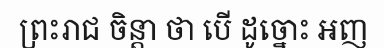
ព្រះរាជ ចិន្តា ថា បើ ដូច្នោះ អញ